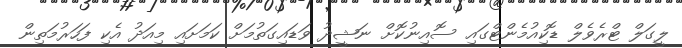
ލީގަލް ޓްރެވެލް ޑޮކިއުމެންޓްގައި ސޮއިނުކޮށް ނަޝީދު ވަޑައިގަތުމަށް ކަމަށައި މިއަދު އެކި ފަހަރުމަތިން